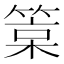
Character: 𥯲